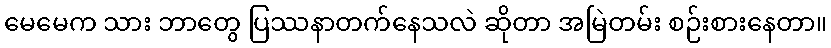
မေမေက သား ဘာတွေ ပြဿနာတက်နေသလဲ ဆိုတာ အမြဲတမ်း စဉ်းစားနေတာ။